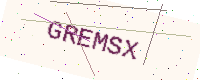
Text: GREMSX